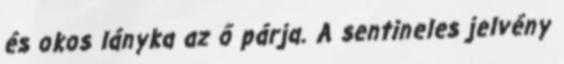
és okos lányka az ő párja. A sentineles jelvény